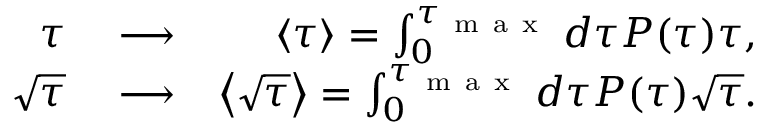
\begin{array} { r l r } { \tau } & { { } \longrightarrow } & { \langle \tau \rangle = \int _ { 0 } ^ { \tau _ { \mathrm { ~ m ~ a ~ x ~ } } } d \tau P ( \tau ) \tau , } \\ { \sqrt { \tau } } & { { } \longrightarrow } & { \left\langle \sqrt { \tau } \right\rangle = \int _ { 0 } ^ { \tau _ { \mathrm { ~ m ~ a ~ x ~ } } } d \tau P ( \tau ) \sqrt { \tau } . } \end{array}